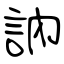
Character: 訥